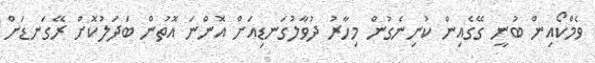
ވެމްކޯއިން ބުނީ ގޭގެއިން ކުނިނެގުން މިހާރު ދުވާލުގަނޑިއަށް އޮންނަ އޮތުން ބަދަލުކޮށް ރޭގަނޑަށް